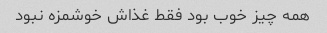
همه چیز خوب بود فقط غذاش خوشمزه نبود